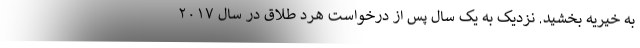
به خیریه بخشید. نزدیک به یک سال پس از درخواست هرد طلاق در سال ۲۰۱۷